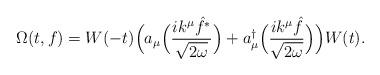
LaTeX: \begin{align*}\Omega (t,f) = W(-t) \Big( a_\mu \Big( \frac{ik^\mu \hat{f^*}}{\sqrt{2\omega }}\Big) + a_\mu ^\dagger \Big( \frac{ik^\mu \hat{f}}{\sqrt{2\omega }}\Big) \Big) W(t) .\end{align*}